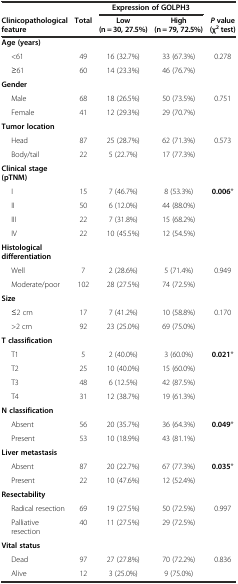
<table><thead><tr><td></td><td></td><td colspan="2"><b>Expression of GOLPH3</b></td><td></td></tr><tr><td><b>Clinicopathological feature</b></td><td><b>Total</b></td><td><b>Low (n = 30, 27.5%)</b></td><td><b>High (n = 79, 72.5%)</b></td><td><b><i>P</i>value (χ<sup>2</sup> test)</b></td></tr></thead><tbody><tr><td><b>Age (years)</b></td><td></td><td></td><td></td><td></td></tr><tr><td>&lt;61</td><td>49</td><td>16 (32.7%)</td><td>33 (67.3%)</td><td>0.278</td></tr><tr><td>≥61</td><td>60</td><td>14 (23.3%)</td><td>46 (76.7%)</td><td></td></tr><tr><td><b>Gender</b></td><td></td><td></td><td></td><td></td></tr><tr><td>Male</td><td>68</td><td>18 (26.5%)</td><td>50 (73.5%)</td><td>0.751</td></tr><tr><td>Female</td><td>41</td><td>12 (29.3%)</td><td>29 (70.7%)</td><td></td></tr><tr><td><b>Tumor location</b></td><td></td><td></td><td></td><td></td></tr><tr><td>Head</td><td>87</td><td>25 (28.7%)</td><td>62 (71.3%)</td><td>0.573</td></tr><tr><td>Body/tail</td><td>22</td><td>5 (22.7%)</td><td>17 (77.3%)</td><td></td></tr><tr><td><b>Clinical stage (pTNM)</b></td><td></td><td></td><td></td><td></td></tr><tr><td>I</td><td>15</td><td>7 (46.7%)</td><td>8 (53.3%)</td><td><b>0.006</b>*</td></tr><tr><td>II</td><td>50</td><td>6 (12.0%)</td><td>44 (88.0%)</td><td></td></tr><tr><td>III</td><td>22</td><td>7 (31.8%)</td><td>15 (68.2%)</td><td></td></tr><tr><td>IV</td><td>22</td><td>10 (45.5%)</td><td>12 (54.5%)</td><td></td></tr><tr><td><b>Histological differentiation</b></td><td></td><td></td><td></td><td></td></tr><tr><td>Well</td><td>7</td><td>2 (28.6%)</td><td>5 (71.4%)</td><td>0.949</td></tr><tr><td>Moderate/poor</td><td>102</td><td>28 (27.5%)</td><td>74 (72.5%)</td><td></td></tr><tr><td><b>Size</b></td><td></td><td></td><td></td><td></td></tr><tr><td>≤2 cm</td><td>17</td><td>7 (41.2%)</td><td>10 (58.8%)</td><td>0.170</td></tr><tr><td>&gt;2 cm</td><td>92</td><td>23 (25.0%)</td><td>69 (75.0%)</td><td></td></tr><tr><td><b>T classification</b></td><td></td><td></td><td></td><td></td></tr><tr><td>T1</td><td>5</td><td>2 (40.0%)</td><td>3 (60.0%)</td><td><b>0.021</b>*</td></tr><tr><td>T2</td><td>25</td><td>10 (40.0%)</td><td>15 (60.0%)</td><td></td></tr><tr><td>T3</td><td>48</td><td>6 (12.5%)</td><td>42 (87.5%)</td><td></td></tr><tr><td>T4</td><td>31</td><td>12 (38.7%)</td><td>19 (61.3%)</td><td></td></tr><tr><td><b>N classification</b></td><td></td><td></td><td></td><td></td></tr><tr><td>Absent</td><td>56</td><td>20 (35.7%)</td><td>36 (64.3%)</td><td><b>0.049</b>*</td></tr><tr><td>Present</td><td>53</td><td>10 (18.9%)</td><td>43 (81.1%)</td><td></td></tr><tr><td><b>Liver metastasis</b></td><td></td><td></td><td></td><td></td></tr><tr><td>Absent</td><td>87</td><td>20 (22.7%)</td><td>67 (77.3%)</td><td><b>0.035</b>*</td></tr><tr><td>Present</td><td>22</td><td>10 (47.6%)</td><td>12 (52.4%)</td><td></td></tr><tr><td><b>Resectability</b></td><td></td><td></td><td></td><td></td></tr><tr><td>Radical resection</td><td>69</td><td>19 (27.5%)</td><td>50 (72.5%)</td><td>0.997</td></tr><tr><td>Palliative resection</td><td>40</td><td>11 (27.5%)</td><td>29 (72.5%)</td><td></td></tr><tr><td><b>Vital status</b></td><td></td><td></td><td></td><td></td></tr><tr><td>Dead</td><td>97</td><td>27 (27.8%)</td><td>70 (72.2%)</td><td>0.836</td></tr><tr><td>Alive</td><td>12</td><td>3 (25.0%)</td><td>9 (75.0%)</td><td></td></tr></tbody></table>